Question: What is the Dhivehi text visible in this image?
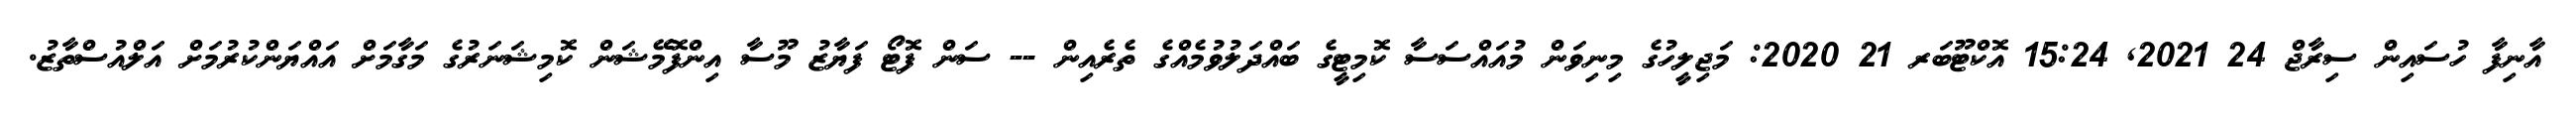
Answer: އާނިފާ ހުސައިން ސިރާޖް 24 2021, 15:24 އޮކްޓޫބަރ 21 2020: މަޖިލީހުގެ މިނިވަން މުއައްސަސާ ކޮމިޓީގެ ބައްދަލުވުމެއްގެ ތެރެއިން -- ސަން ފޮޓޯ ފަޔާޒު މޫސާ އިންފޮމޭޝަން ކޮމިޝަނަރުގެ މަގާމަށް އައްޔަންކުރުމަށް އަލްއުސްތާޒު.